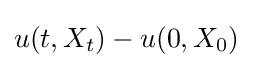
u(t,X_{t})-u(0,X_{0})